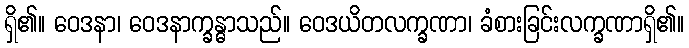
ရှိ၏။ ဝေဒနာ၊ ဝေဒနာက္ခန္ဓာသည်။ ဝေဒယိတလက္ခဏာ၊ ခံစားခြင်းလက္ခဏာရှိ၏။